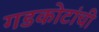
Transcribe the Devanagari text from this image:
गडकोटांची